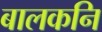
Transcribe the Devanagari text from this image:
बालकनि